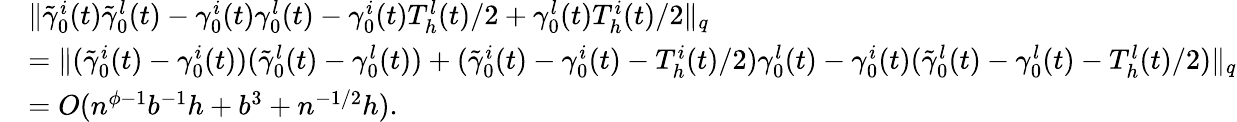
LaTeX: \begin{array}{rl}&{\| \tilde{\gamma}_{0}^{i}(t)\tilde{\gamma}_{0}^{l}(t)-\gamma_{0}^{i}(t)\gamma_{0}^{l}(t)-\gamma_{0}^{i}(t)T_{h}^{l}(t)/2+\gamma_{0}^{l}(t)T_{h}^{i}(t)/2\| _{q}}\\ &{=\| (\tilde{\gamma}_{0}^{i}(t)-\gamma_{0}^{i}(t))(\tilde{\gamma}_{0}^{l}(t)-\gamma_{0}^{l}(t))+(\tilde{\gamma}_{0}^{i}(t)-\gamma_{0}^{i}(t)-T_{h}^{i}(t)/2)\gamma_{0}^{l}(t)-\gamma_{0}^{i}(t)(\tilde{\gamma}_{0}^{l}(t)-\gamma_{0}^{l}(t)-T_{h}^{l}(t)/2)\| _{q}}\\ &{=O(n^{\phi-1}b^{-1}h+b^{3}+n^{-1/2}h).}\end{array}